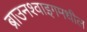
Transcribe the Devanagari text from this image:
ब्राउनश्वाइगमधील